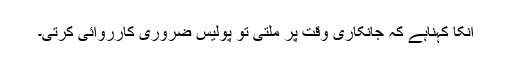
انکا کہناہے کہ جانکاری وقت پر ملتی تو پولیس ضروری کارروائی کرتی۔